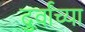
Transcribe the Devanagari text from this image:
दुर्वांच्या